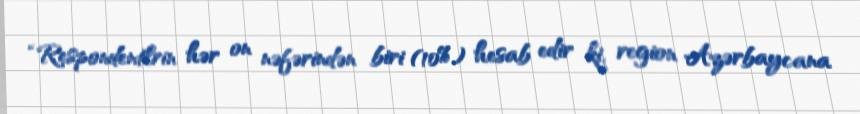
“Respondentlrin hər on nəfərindən biri (10%) hesab edir ki, region Azərbaycana